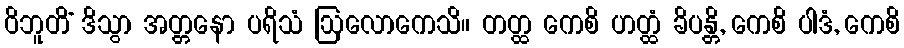
ဝိဘူတိံ ဒိသွာ အတ္တနော ပရိသံ ဩလောကေသိ။ တတ္ထ ကေစိ ဟတ္ထံ ခိပန္တိ, ကေစိ ပါဒံ, ကေစိ